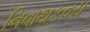
નિવાથકવચ